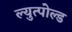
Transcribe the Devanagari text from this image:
ल्युत्पोल्ड